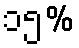
၁၅%